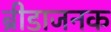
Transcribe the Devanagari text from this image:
ब्रीडाजनक